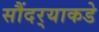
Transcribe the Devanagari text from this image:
सौंदर्‍याकडे